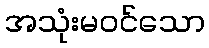
အသုံးမဝင်သော